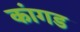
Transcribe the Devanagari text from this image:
कांगड